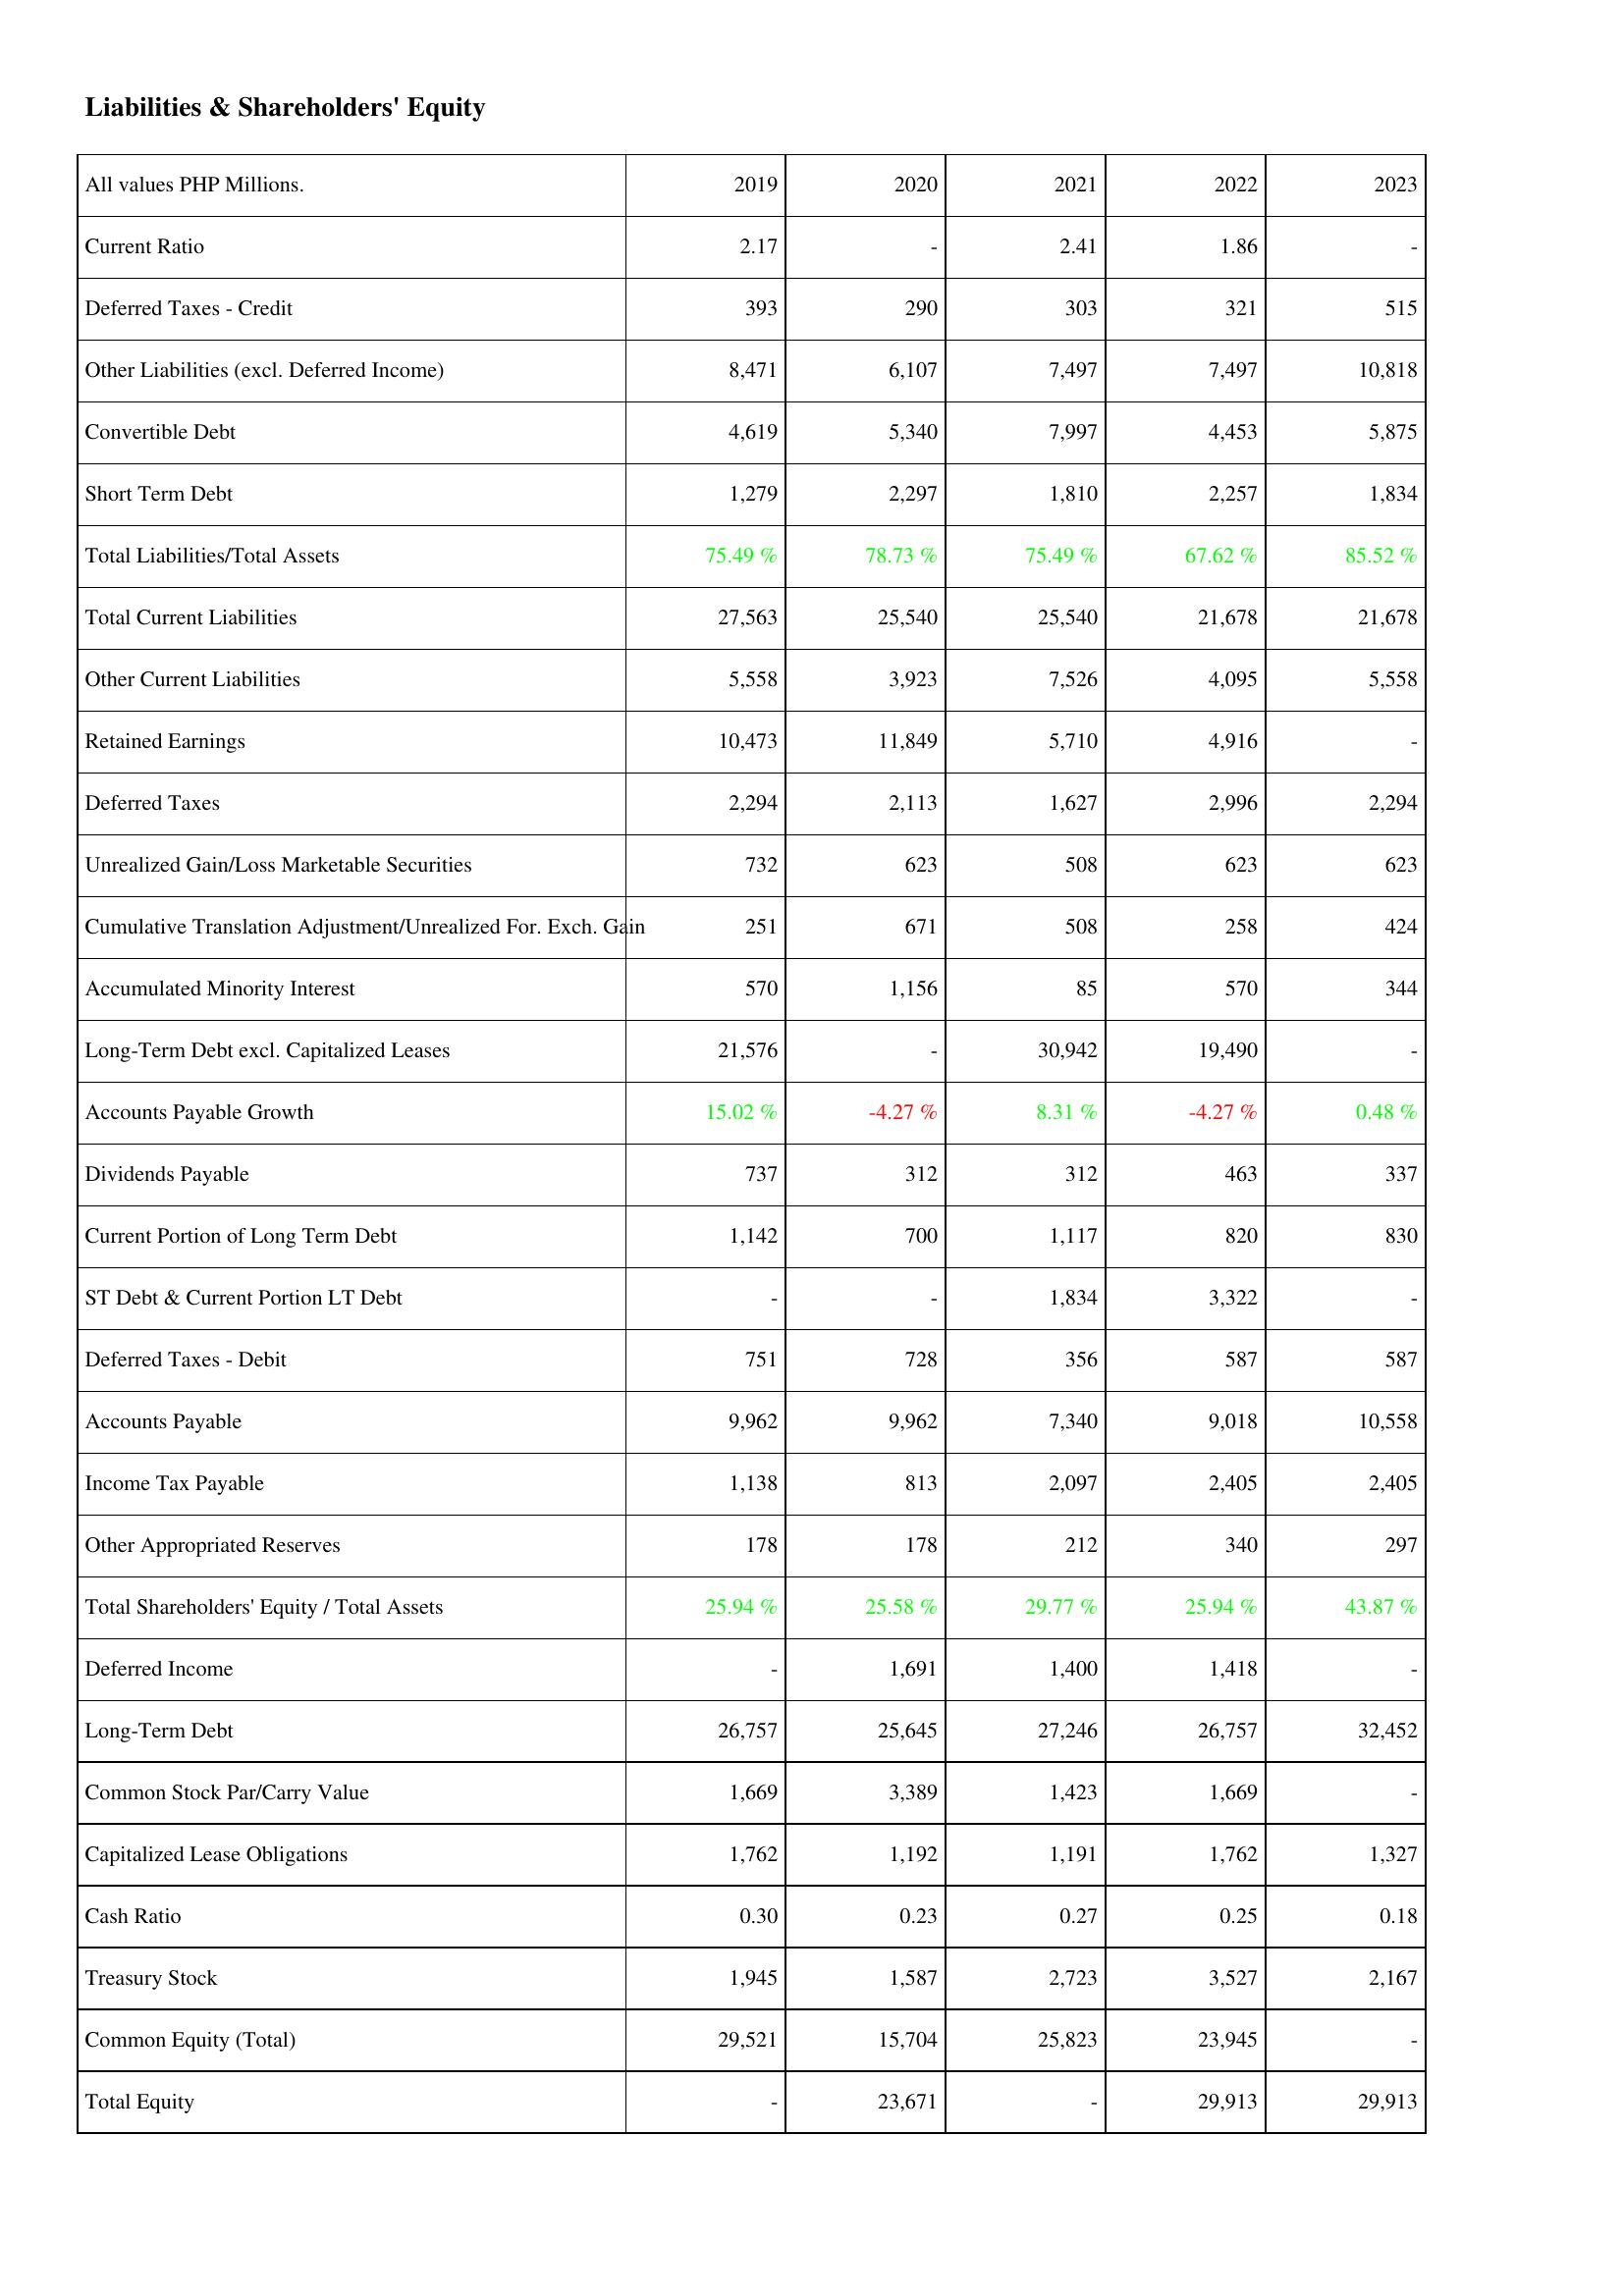
2019: Liabilities & Shareholders' Equity: Current Ratio: 2.17
Deferred Taxes - Credit: 393
Other Liabilities (excl. Deferred Income): 8,471
Convertible Debt: 4,619
Short Term Debt: 1,279
Total Liabilities/Total Assets: 75.49 %
Total Current Liabilities: 27,563
Other Current Liabilities: 5,558
Retained Earnings: 10,473
Deferred Taxes: 2,294
Unrealized Gain/Loss Marketable Securities: 732
Cumulative Translation Adjustment/Unrealized For. Exch. Gain: 251
Accumulated Minority Interest: 570
Long-Term Debt excl. Capitalized Leases: 21,576
Accounts Payable Growth: 15.02 %
Dividends Payable: 737
Current Portion of Long Term Debt: 1,142
ST Debt & Current Portion LT Debt: -
Deferred Taxes - Debit: 751
Accounts Payable: 9,962
Income Tax Payable: 1,138
Other Appropriated Reserves: 178
Total Shareholders' Equity / Total Assets: 25.94 %
Deferred Income: -
Long-Term Debt: 26,757
Common Stock Par/Carry Value: 1,669
Capitalized Lease Obligations: 1,762
Cash Ratio: 0.30
Treasury Stock: 1,945
Common Equity (Total): 29,521
Total Equity: -
2020: Liabilities & Shareholders' Equity: Current Ratio: -
Deferred Taxes - Credit: 290
Other Liabilities (excl. Deferred Income): 6,107
Convertible Debt: 5,340
Short Term Debt: 2,297
Total Liabilities/Total Assets: 78.73 %
Total Current Liabilities: 25,540
Other Current Liabilities: 3,923
Retained Earnings: 11,849
Deferred Taxes: 2,113
Unrealized Gain/Loss Marketable Securities: 623
Cumulative Translation Adjustment/Unrealized For. Exch. Gain: 671
Accumulated Minority Interest: 1,156
Long-Term Debt excl. Capitalized Leases: -
Accounts Payable Growth: -4.27 %
Dividends Payable: 312
Current Portion of Long Term Debt: 700
ST Debt & Current Portion LT Debt: -
Deferred Taxes - Debit: 728
Accounts Payable: 9,962
Income Tax Payable: 813
Other Appropriated Reserves: 178
Total Shareholders' Equity / Total Assets: 25.58 %
Deferred Income: 1,691
Long-Term Debt: 25,645
Common Stock Par/Carry Value: 3,389
Capitalized Lease Obligations: 1,192
Cash Ratio: 0.23
Treasury Stock: 1,587
Common Equity (Total): 15,704
Total Equity: 23,671
2021: Liabilities & Shareholders' Equity: Current Ratio: 2.41
Deferred Taxes - Credit: 303
Other Liabilities (excl. Deferred Income): 7,497
Convertible Debt: 7,997
Short Term Debt: 1,810
Total Liabilities/Total Assets: 75.49 %
Total Current Liabilities: 25,540
Other Current Liabilities: 7,526
Retained Earnings: 5,710
Deferred Taxes: 1,627
Unrealized Gain/Loss Marketable Securities: 508
Cumulative Translation Adjustment/Unrealized For. Exch. Gain: 508
Accumulated Minority Interest: 85
Long-Term Debt excl. Capitalized Leases: 30,942
Accounts Payable Growth: 8.31 %
Dividends Payable: 312
Current Portion of Long Term Debt: 1,117
ST Debt & Current Portion LT Debt: 1,834
Deferred Taxes - Debit: 356
Accounts Payable: 7,340
Income Tax Payable: 2,097
Other Appropriated Reserves: 212
Total Shareholders' Equity / Total Assets: 29.77 %
Deferred Income: 1,400
Long-Term Debt: 27,246
Common Stock Par/Carry Value: 1,423
Capitalized Lease Obligations: 1,191
Cash Ratio: 0.27
Treasury Stock: 2,723
Common Equity (Total): 25,823
Total Equity: -
2022: Liabilities & Shareholders' Equity: Current Ratio: 1.86
Deferred Taxes - Credit: 321
Other Liabilities (excl. Deferred Income): 7,497
Convertible Debt: 4,453
Short Term Debt: 2,257
Total Liabilities/Total Assets: 67.62 %
Total Current Liabilities: 21,678
Other Current Liabilities: 4,095
Retained Earnings: 4,916
Deferred Taxes: 2,996
Unrealized Gain/Loss Marketable Securities: 623
Cumulative Translation Adjustment/Unrealized For. Exch. Gain: 258
Accumulated Minority Interest: 570
Long-Term Debt excl. Capitalized Leases: 19,490
Accounts Payable Growth: -4.27 %
Dividends Payable: 463
Current Portion of Long Term Debt: 820
ST Debt & Current Portion LT Debt: 3,322
Deferred Taxes - Debit: 587
Accounts Payable: 9,018
Income Tax Payable: 2,405
Other Appropriated Reserves: 340
Total Shareholders' Equity / Total Assets: 25.94 %
Deferred Income: 1,418
Long-Term Debt: 26,757
Common Stock Par/Carry Value: 1,669
Capitalized Lease Obligations: 1,762
Cash Ratio: 0.25
Treasury Stock: 3,527
Common Equity (Total): 23,945
Total Equity: 29,913
2023: Liabilities & Shareholders' Equity: Current Ratio: -
Deferred Taxes - Credit: 515
Other Liabilities (excl. Deferred Income): 10,818
Convertible Debt: 5,875
Short Term Debt: 1,834
Total Liabilities/Total Assets: 85.52 %
Total Current Liabilities: 21,678
Other Current Liabilities: 5,558
Retained Earnings: -
Deferred Taxes: 2,294
Unrealized Gain/Loss Marketable Securities: 623
Cumulative Translation Adjustment/Unrealized For. Exch. Gain: 424
Accumulated Minority Interest: 344
Long-Term Debt excl. Capitalized Leases: -
Accounts Payable Growth: 0.48 %
Dividends Payable: 337
Current Portion of Long Term Debt: 830
ST Debt & Current Portion LT Debt: -
Deferred Taxes - Debit: 587
Accounts Payable: 10,558
Income Tax Payable: 2,405
Other Appropriated Reserves: 297
Total Shareholders' Equity / Total Assets: 43.87 %
Deferred Income: -
Long-Term Debt: 32,452
Common Stock Par/Carry Value: -
Capitalized Lease Obligations: 1,327
Cash Ratio: 0.18
Treasury Stock: 2,167
Common Equity (Total): -
Total Equity: 29,913